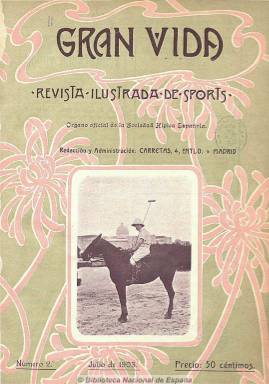
Título: Gran vida
Colección: Deportes || Revistas de información general
Ámbito geográfico: Madrid
Lugar de publicación: Madrid
Fechas: 01/07/1903-01/12/1929

Una de las primeras publicaciones especializadas en deportes, pero que incluye otros asuntos de “sociedad”, fundada y dirigida por el escritor y publicista aragonés Vicente de Castro Les, pionero también en el fomento del turismo. Con periodicidad mensual, debió aparecer en junio de 1903, en números de 36 páginas y con cubiertas a dos tintas. Resalta también la profusión de fotografías que incluía. Al principio decía ser también órgano oficial de la Sociedad Hípica Española y de Madrid Polo-Club, por lo que sus suscripciones debían proceder de las clases altas de la sociedad. Su subtítulo fue “revista ilustrada de sports y sociedad”, al que desde 1908 añade los lemas “turismo, deportes, fotografía, páginas financieras”.

Ofrece información, crónicas y reportajes de todos los deportes: ciclismo, motorismo, automovilismo, esgrima, hípica, alpinismo, atletismo, aeroestación, hockey, tenis, tiro, billar, polo, regatas, boxeo, caza y pesca, pelota y deportes regionales, etc., y cada vez más de fútbol, que durante la dictadura de Primo de Rivera alcanza ya un auténtico furor popular, dando cuenta de sus campeonatos, clasificaciones y trofeos. También cultiva el género de la entrevista a los deportistas.

Pero al mismo tiempo ofrece reportajes directamente relacionados con el turismo, sobre viajes, excursiones, descripciones de ciudades, edificios, monumentos, lugares pintorescos, etc., así como información financiera y crónicas bursátiles, algunas notas cómicas, e informaciones varias sobre novedades, inventos, heráldica o gimnasia. Dedicó también sus páginas a la divulgación del arte fotográfico.

Catalogada por Seoane y Sáiz como revista de “sociedad”, tuvo una larga vida, pues debió seguir publicándose hasta 1935 o 1936, quizá ya con una periodicidad semanal. La colección de la Biblioteca Nacional de España es incompleta y acaba en 1929. En los números de julio y diciembre suele incluir índices de materias, con la relación de títulos de los artículos y autores.